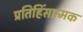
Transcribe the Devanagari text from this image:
प्रतिहिंसात्मक